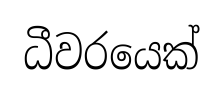
ධීවරයෙක්